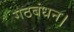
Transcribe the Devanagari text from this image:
गठबंधन।